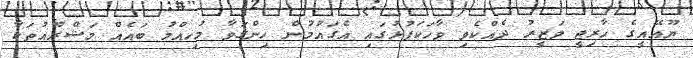
ޔޫއޭއީގެ ހާރިޖީ ވަޒީރު ދެއްކެވި ވާހަކަފުޅުގައި އެގައުމުން ހިންގަވާ މުހިއްމު ބައެއް މަޝްރޫއުތަކާ